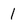
Character: 1